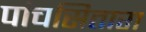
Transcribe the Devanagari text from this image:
पांचसितारा